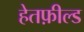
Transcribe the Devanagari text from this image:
हेतफ़ील्ड